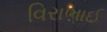
વિરાભાઈ